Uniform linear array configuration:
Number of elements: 16
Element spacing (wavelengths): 0.75
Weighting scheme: hamming
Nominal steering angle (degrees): -15
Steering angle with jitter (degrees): -15.839
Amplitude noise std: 0.05
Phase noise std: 0.05

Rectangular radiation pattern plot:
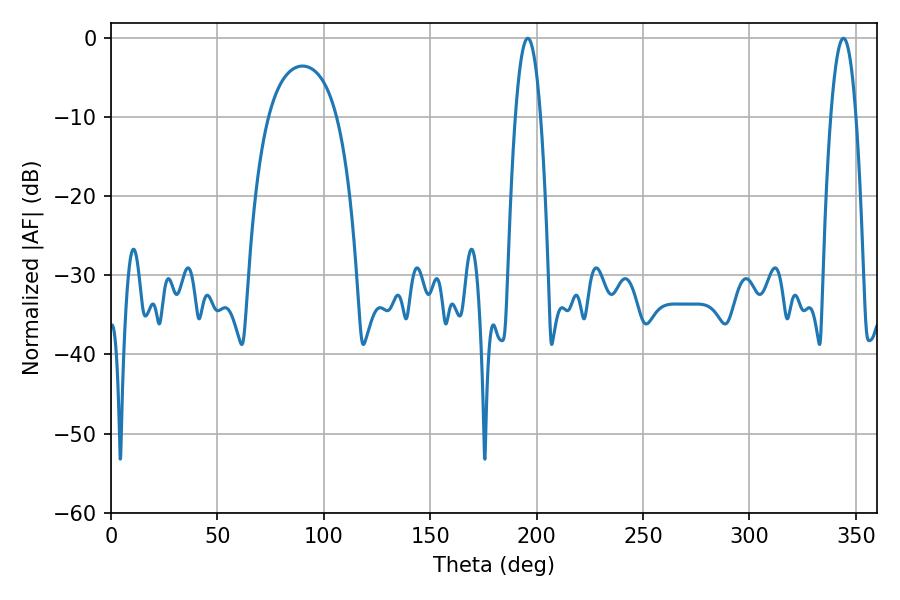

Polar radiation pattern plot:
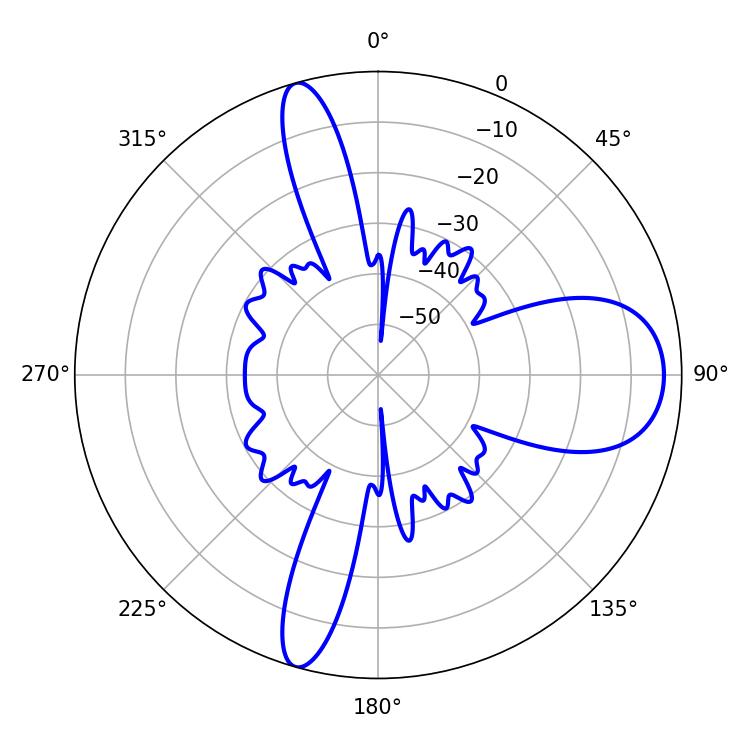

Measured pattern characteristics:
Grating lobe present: TRUE
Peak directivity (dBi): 12.428
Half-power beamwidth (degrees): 6.48
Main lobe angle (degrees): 195.84